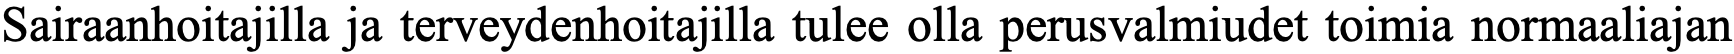
Sairaanhoitajilla ja terveydenhoitajilla tulee olla perusvalmiudet toimia normaaliajan